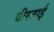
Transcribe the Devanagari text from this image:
वीरताई